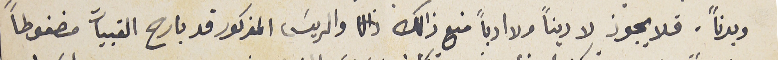
وبدنًا. فلا يجوز لا دينًا ولا ادباً منع ذلك والريسَ المذكور قد بارح القبيات مصغوطاً